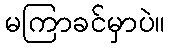
မကြာခင်မှာပဲ။